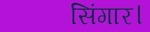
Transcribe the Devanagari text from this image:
सिंगार।